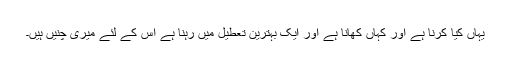
یہاں کیا کرنا ہے اور کہاں کھانا ہے اور ایک بہترین تعطیل میں رہنا ہے اس کے لئے میری چنیں ہیں۔